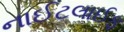
નાઈટલાઈફ